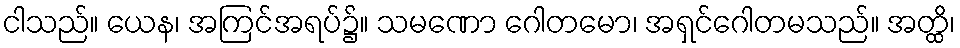
ငါသည်။ ယေန၊ အကြင်အရပ်၌။ သမဏော ဂေါတမော၊ အရှင်ဂေါတမသည်။ အတ္ထိ၊